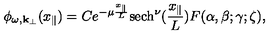
\phi _ { \omega , { \bf k } _ { \perp } } ( x _ { \parallel } ) = C e ^ { - \mu \frac { x _ { \parallel } } { L } } \mathrm { s e c h } ^ { \nu } ( \frac { x _ { \parallel } } { L } ) F ( \alpha , \beta ; \gamma ; \zeta ) ,